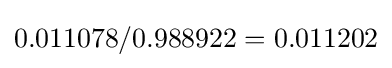
0.011078/0.988922=0.011202